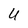
Character: U